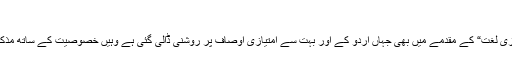
“
اسی طرح آکسفورڈ کی شائع کردہ ”اردو انگریزی لغت“ کے مقدمے میں بھی جہاں اردو کے اور بہت سے امتیازی اوصاف پر روشنی ڈالی گئی ہے وہیں خصوصیت کے ساتھ مذکر مؤنث کا چیستان بھی زیرِ بحث لایا گیا ہے۔